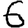
Digit: 6